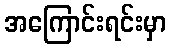
အကြောင်းရင်းမှာ